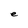
Character: e